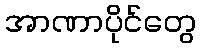
အာဏာပိုင်တွေ